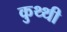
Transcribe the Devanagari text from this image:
कुथ्थी